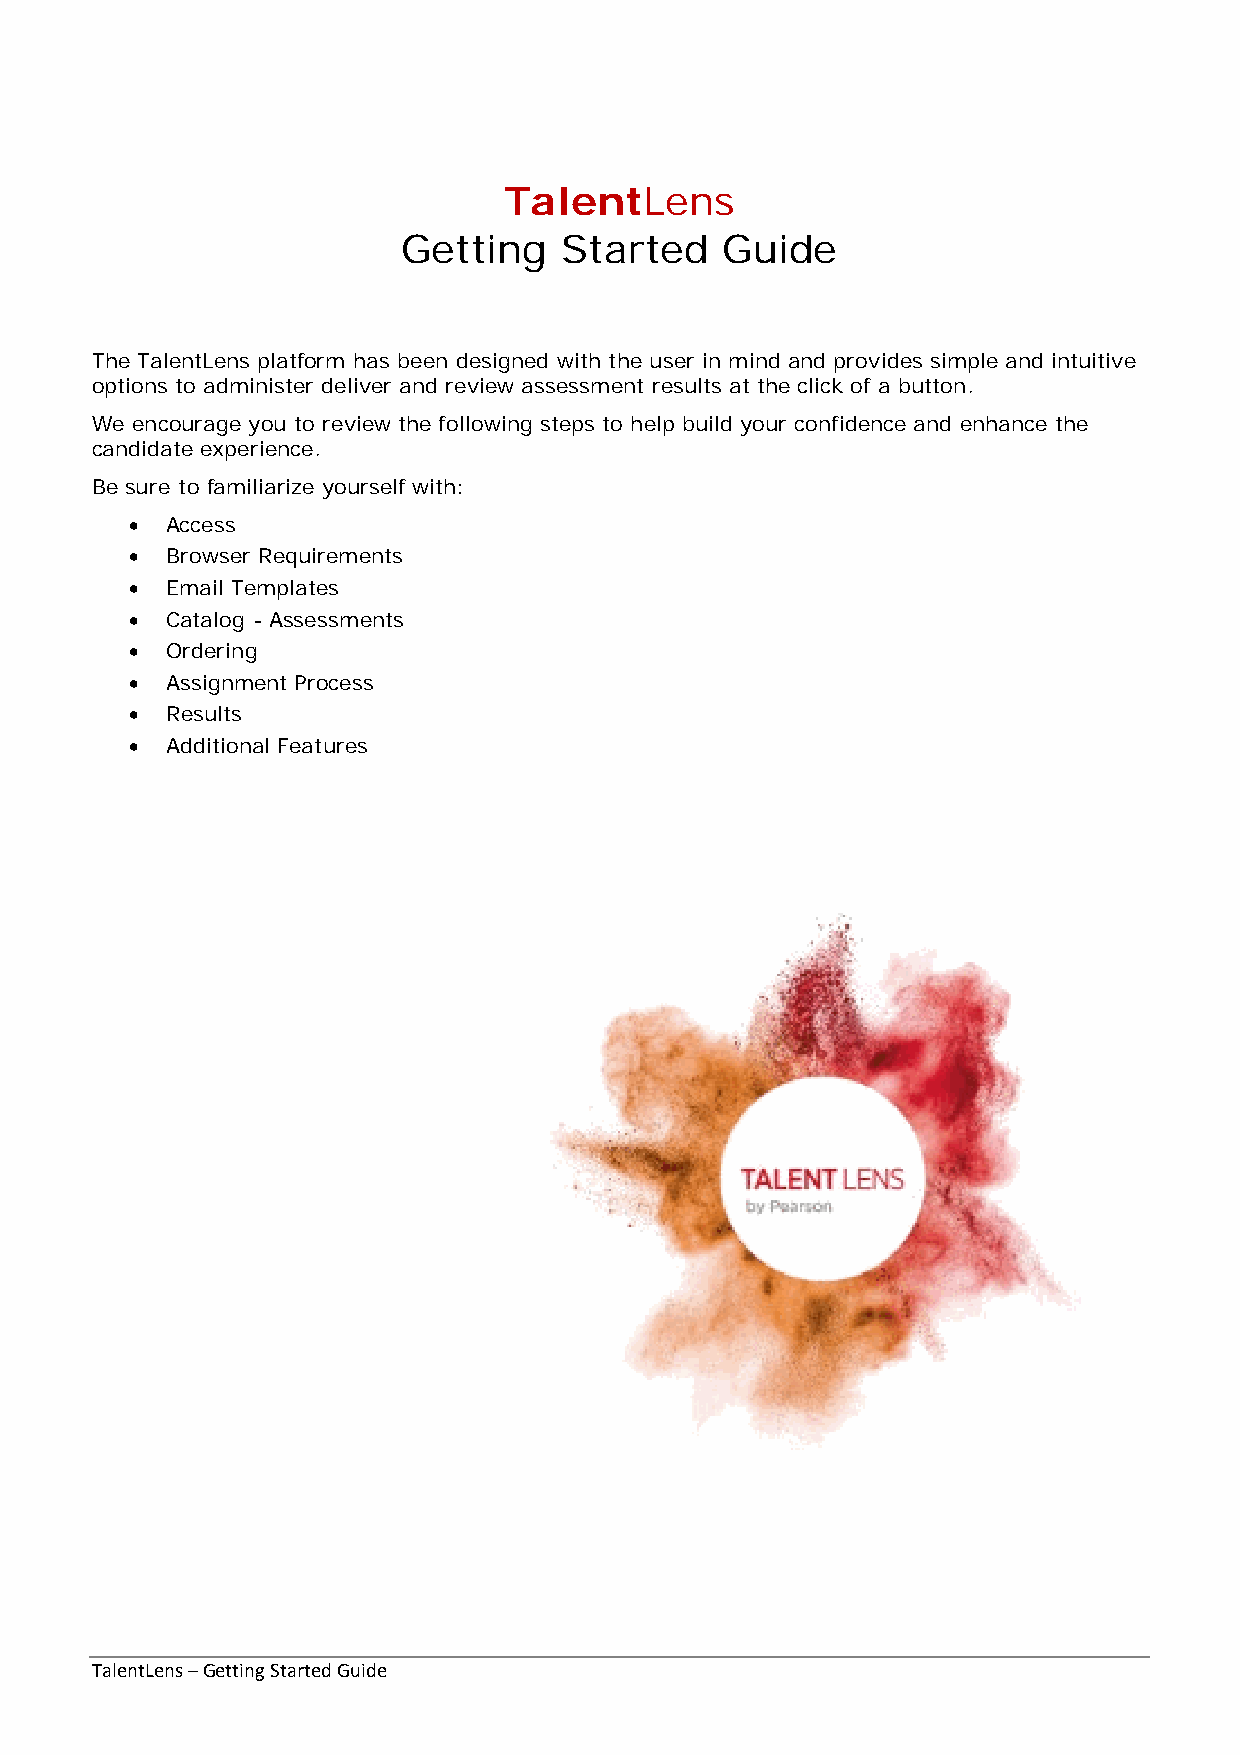
TalentLens
 Getting   Started    Guide
 The TalentLens platform has been designed with the user in mind and provides simple and intuitive
 options to administer deliver and review assessment results at the click of a button.
 We encourage you to review the following steps to help build your confidence and enhance the
 candidate experience.
 Be sure to familiarize yourself with:
 • Access
 • Browser Requirements
 • Email Templates
 • Catalog - Assessments
 • Ordering
 • Assignment Process
 • Results
 • Additional Features
 TalentLens – Getting Started Guide